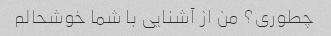
چطوری؟ من از آشنایی با شما خوشحالم